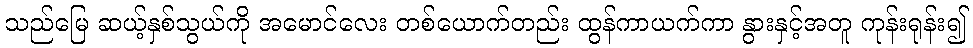
သည်မြေ ဆယ့်နှစ်သွယ်ကို အမောင်လေး တစ်ယောက်တည်း ထွန်ကာယက်ကာ နွားနှင့်အတူ ကုန်းရုန်း၍